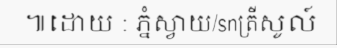
៕ដោយ : ភ្នំស្វាយ/snត្រីសូល៍